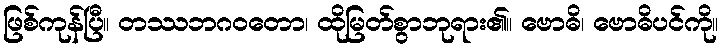
ဖြစ်ကုန်ပြီ။ တဿဘဂဝတော၊ ထိုမြတ်စွာဘုရား၏။ ဗောဓိ၊ ဗောဓိပင်ကို။